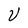
Character: U